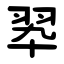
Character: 翆